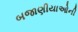
બજાણીયાઓની